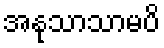
အနုသာသာမပိ